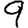
Digit: 9